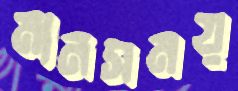
মানসময়